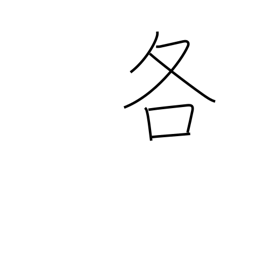
Meaning: either